Bréfritari: Þórarinn Stefánsson
Dagsetning: A-1929-11-13
Skrifað á: Vesturheimi

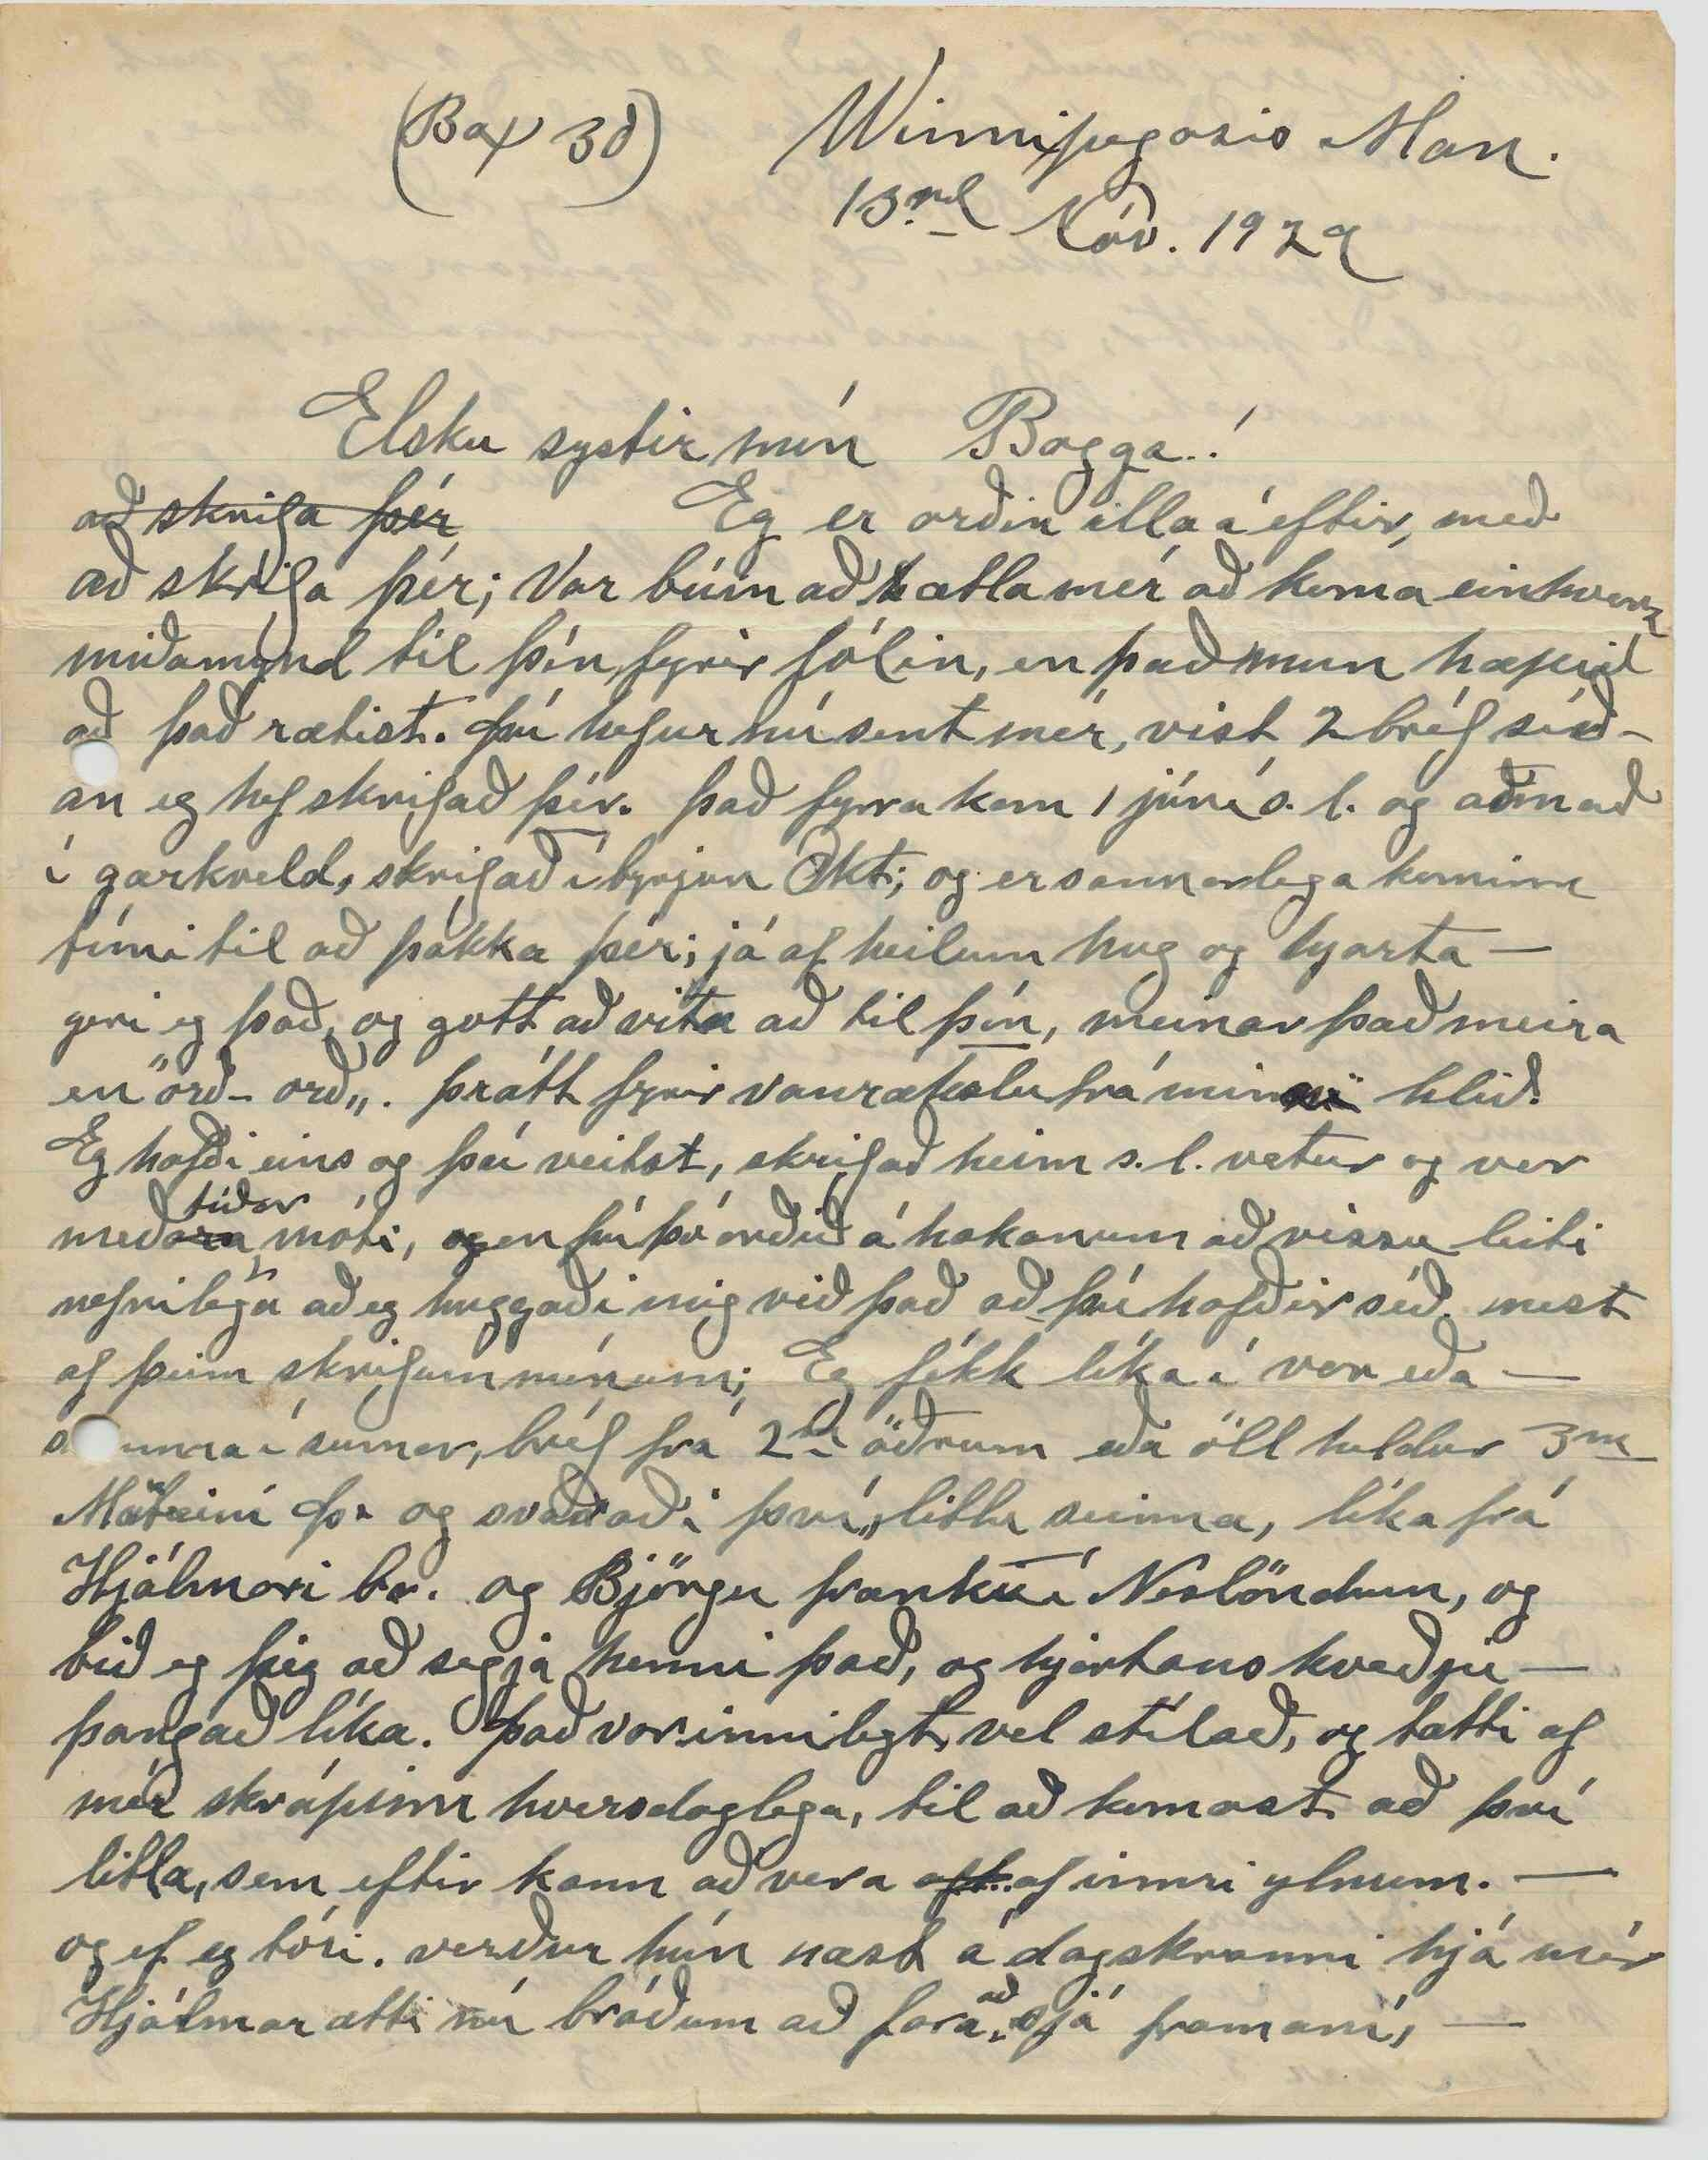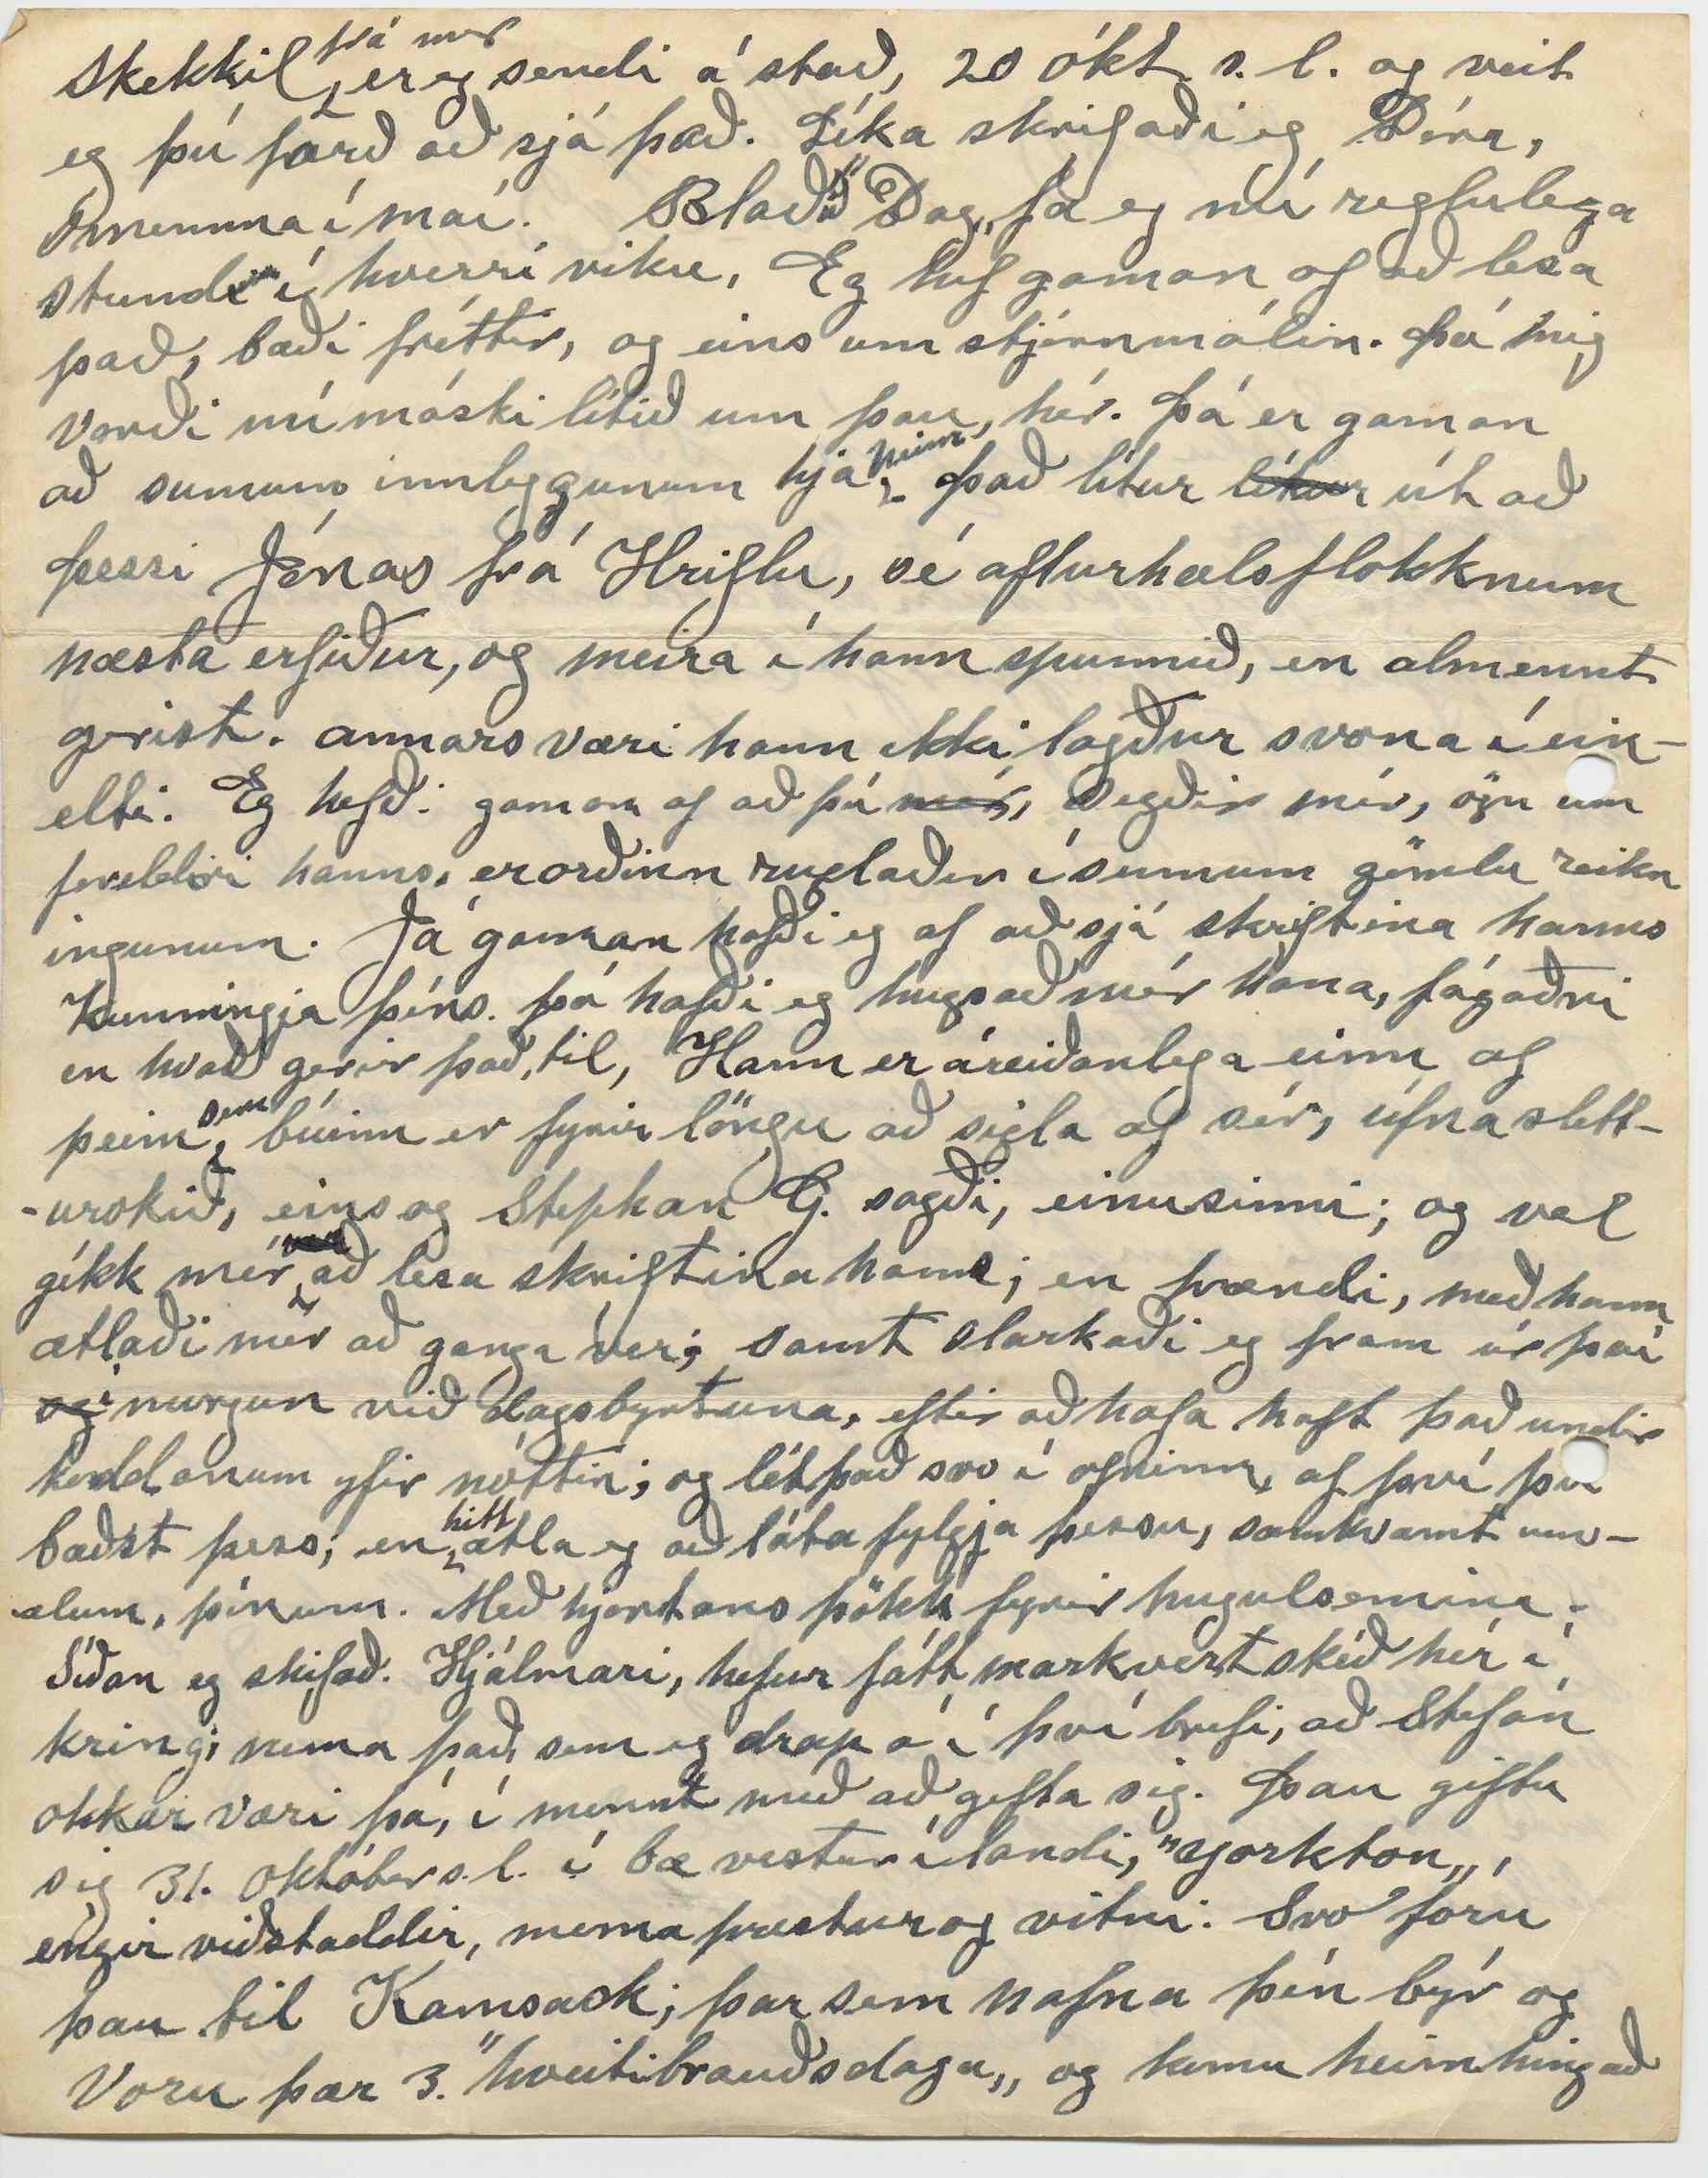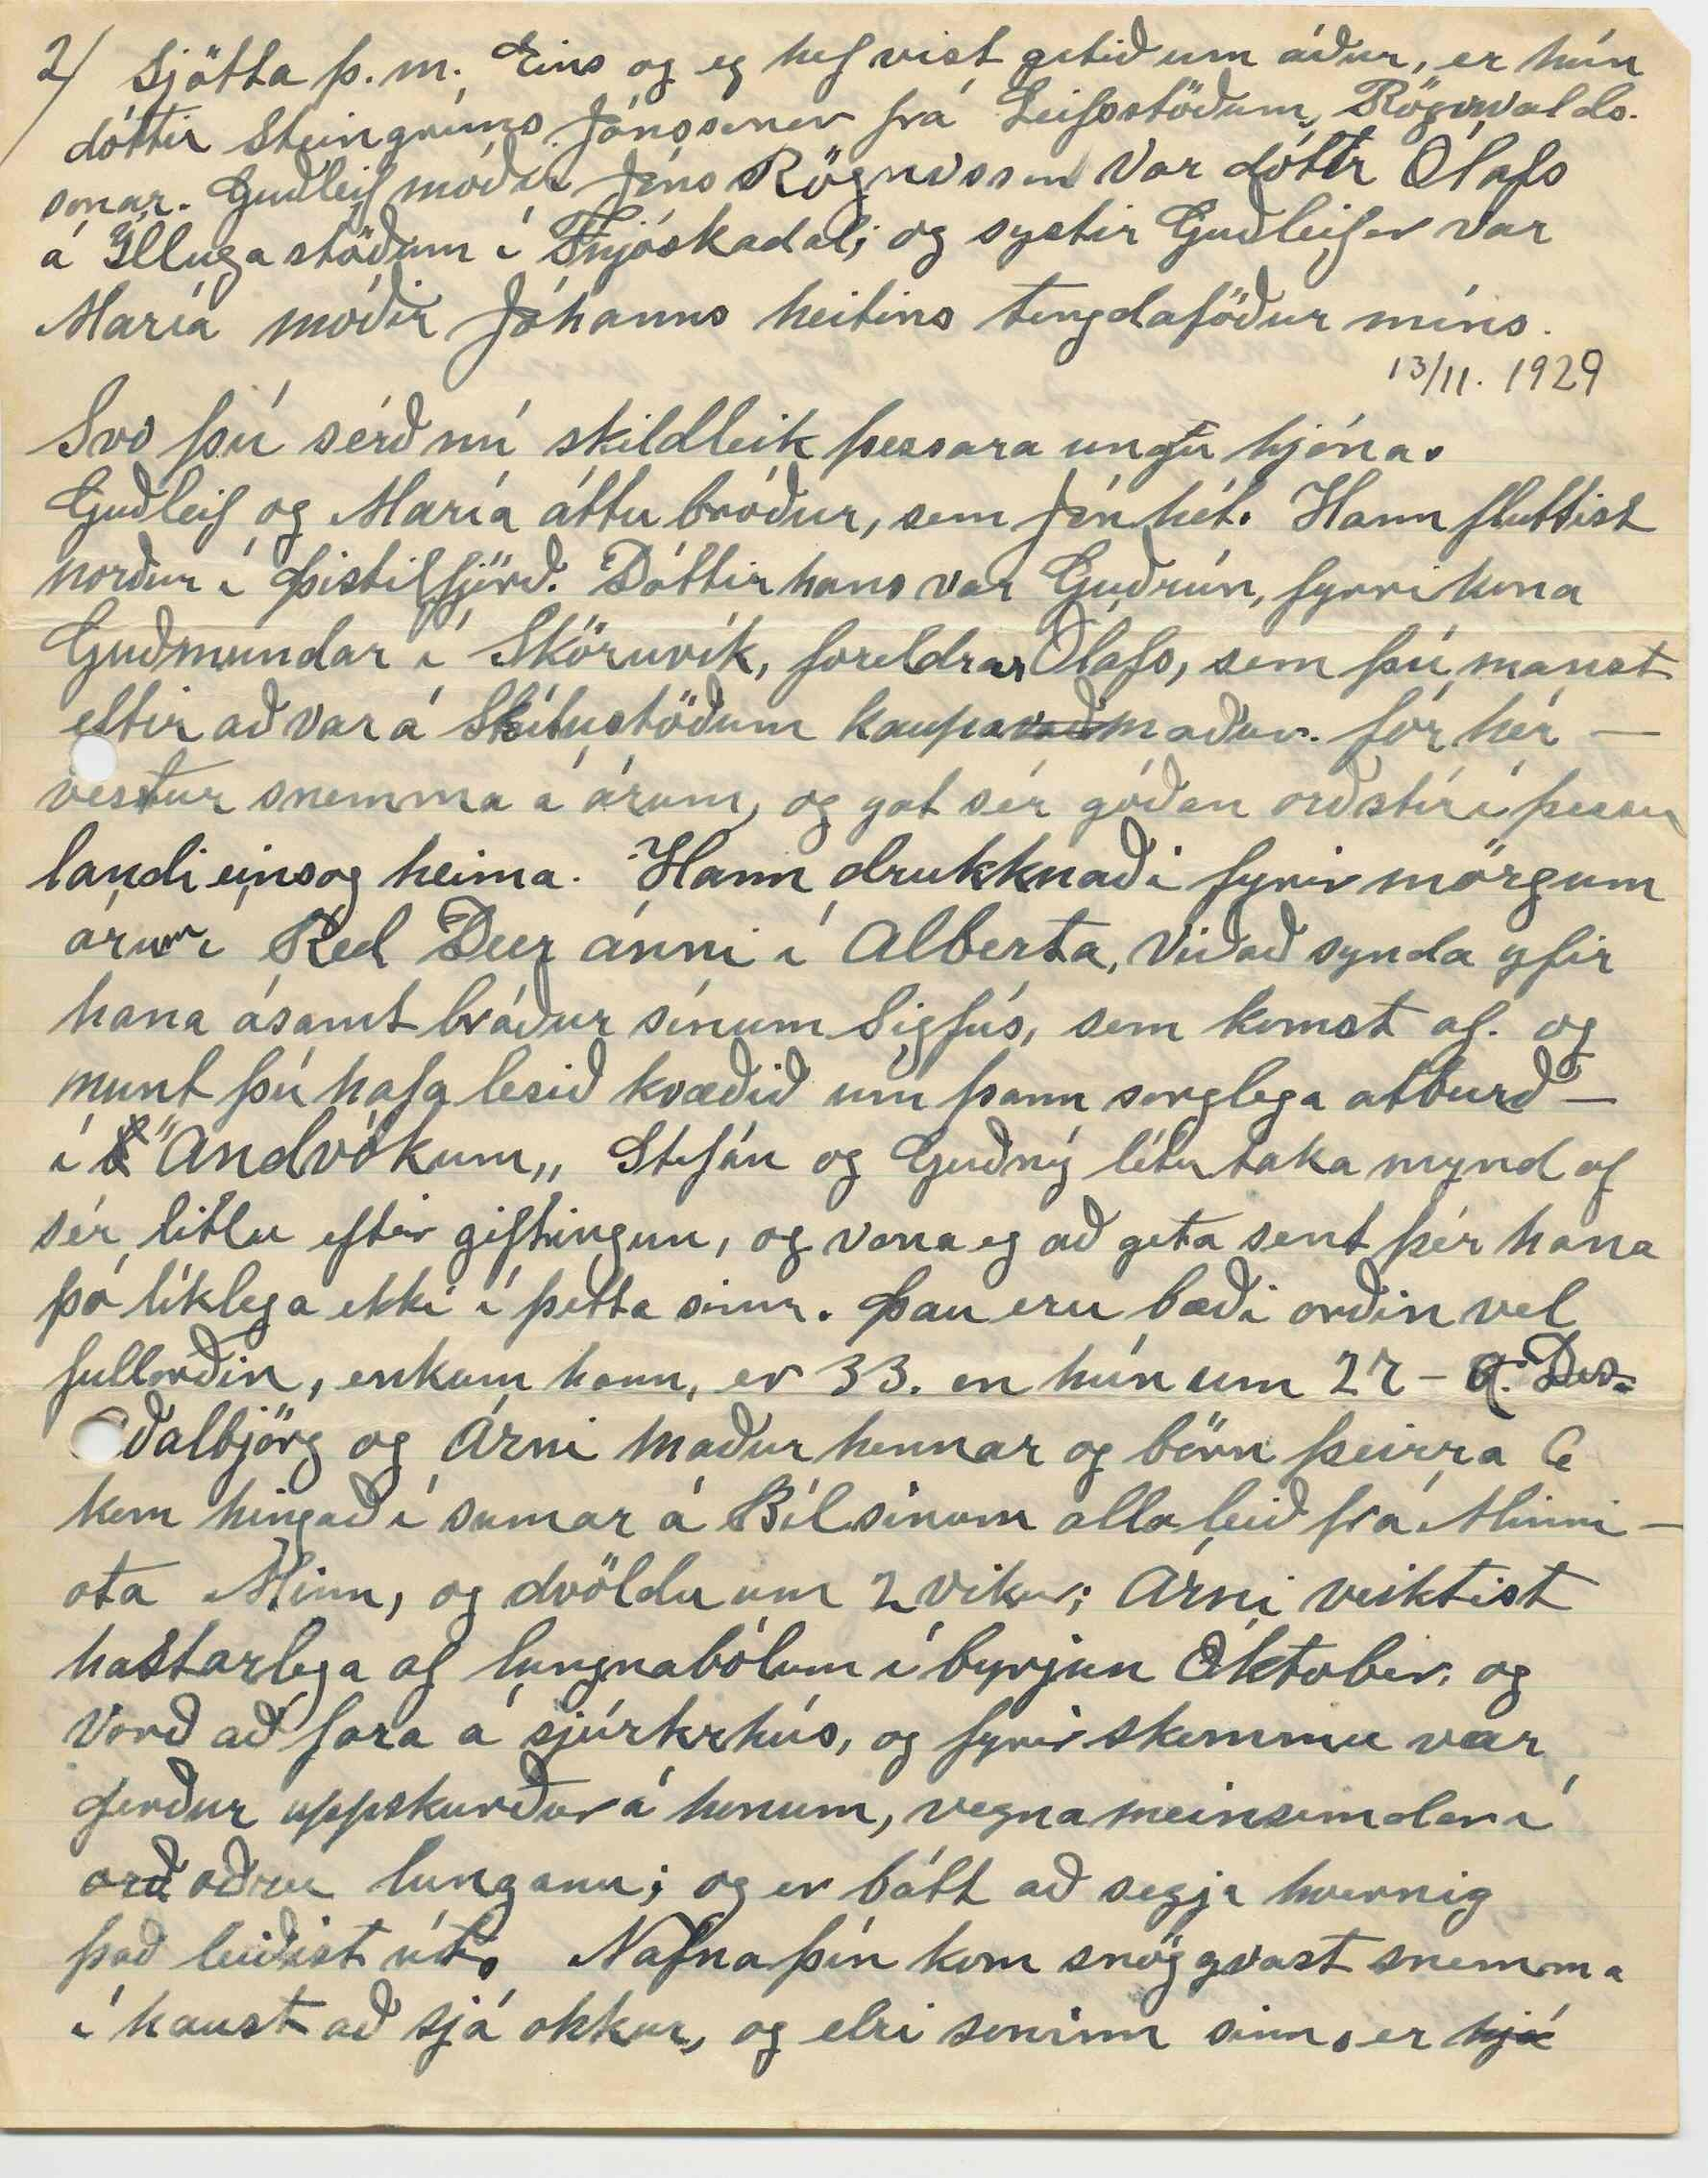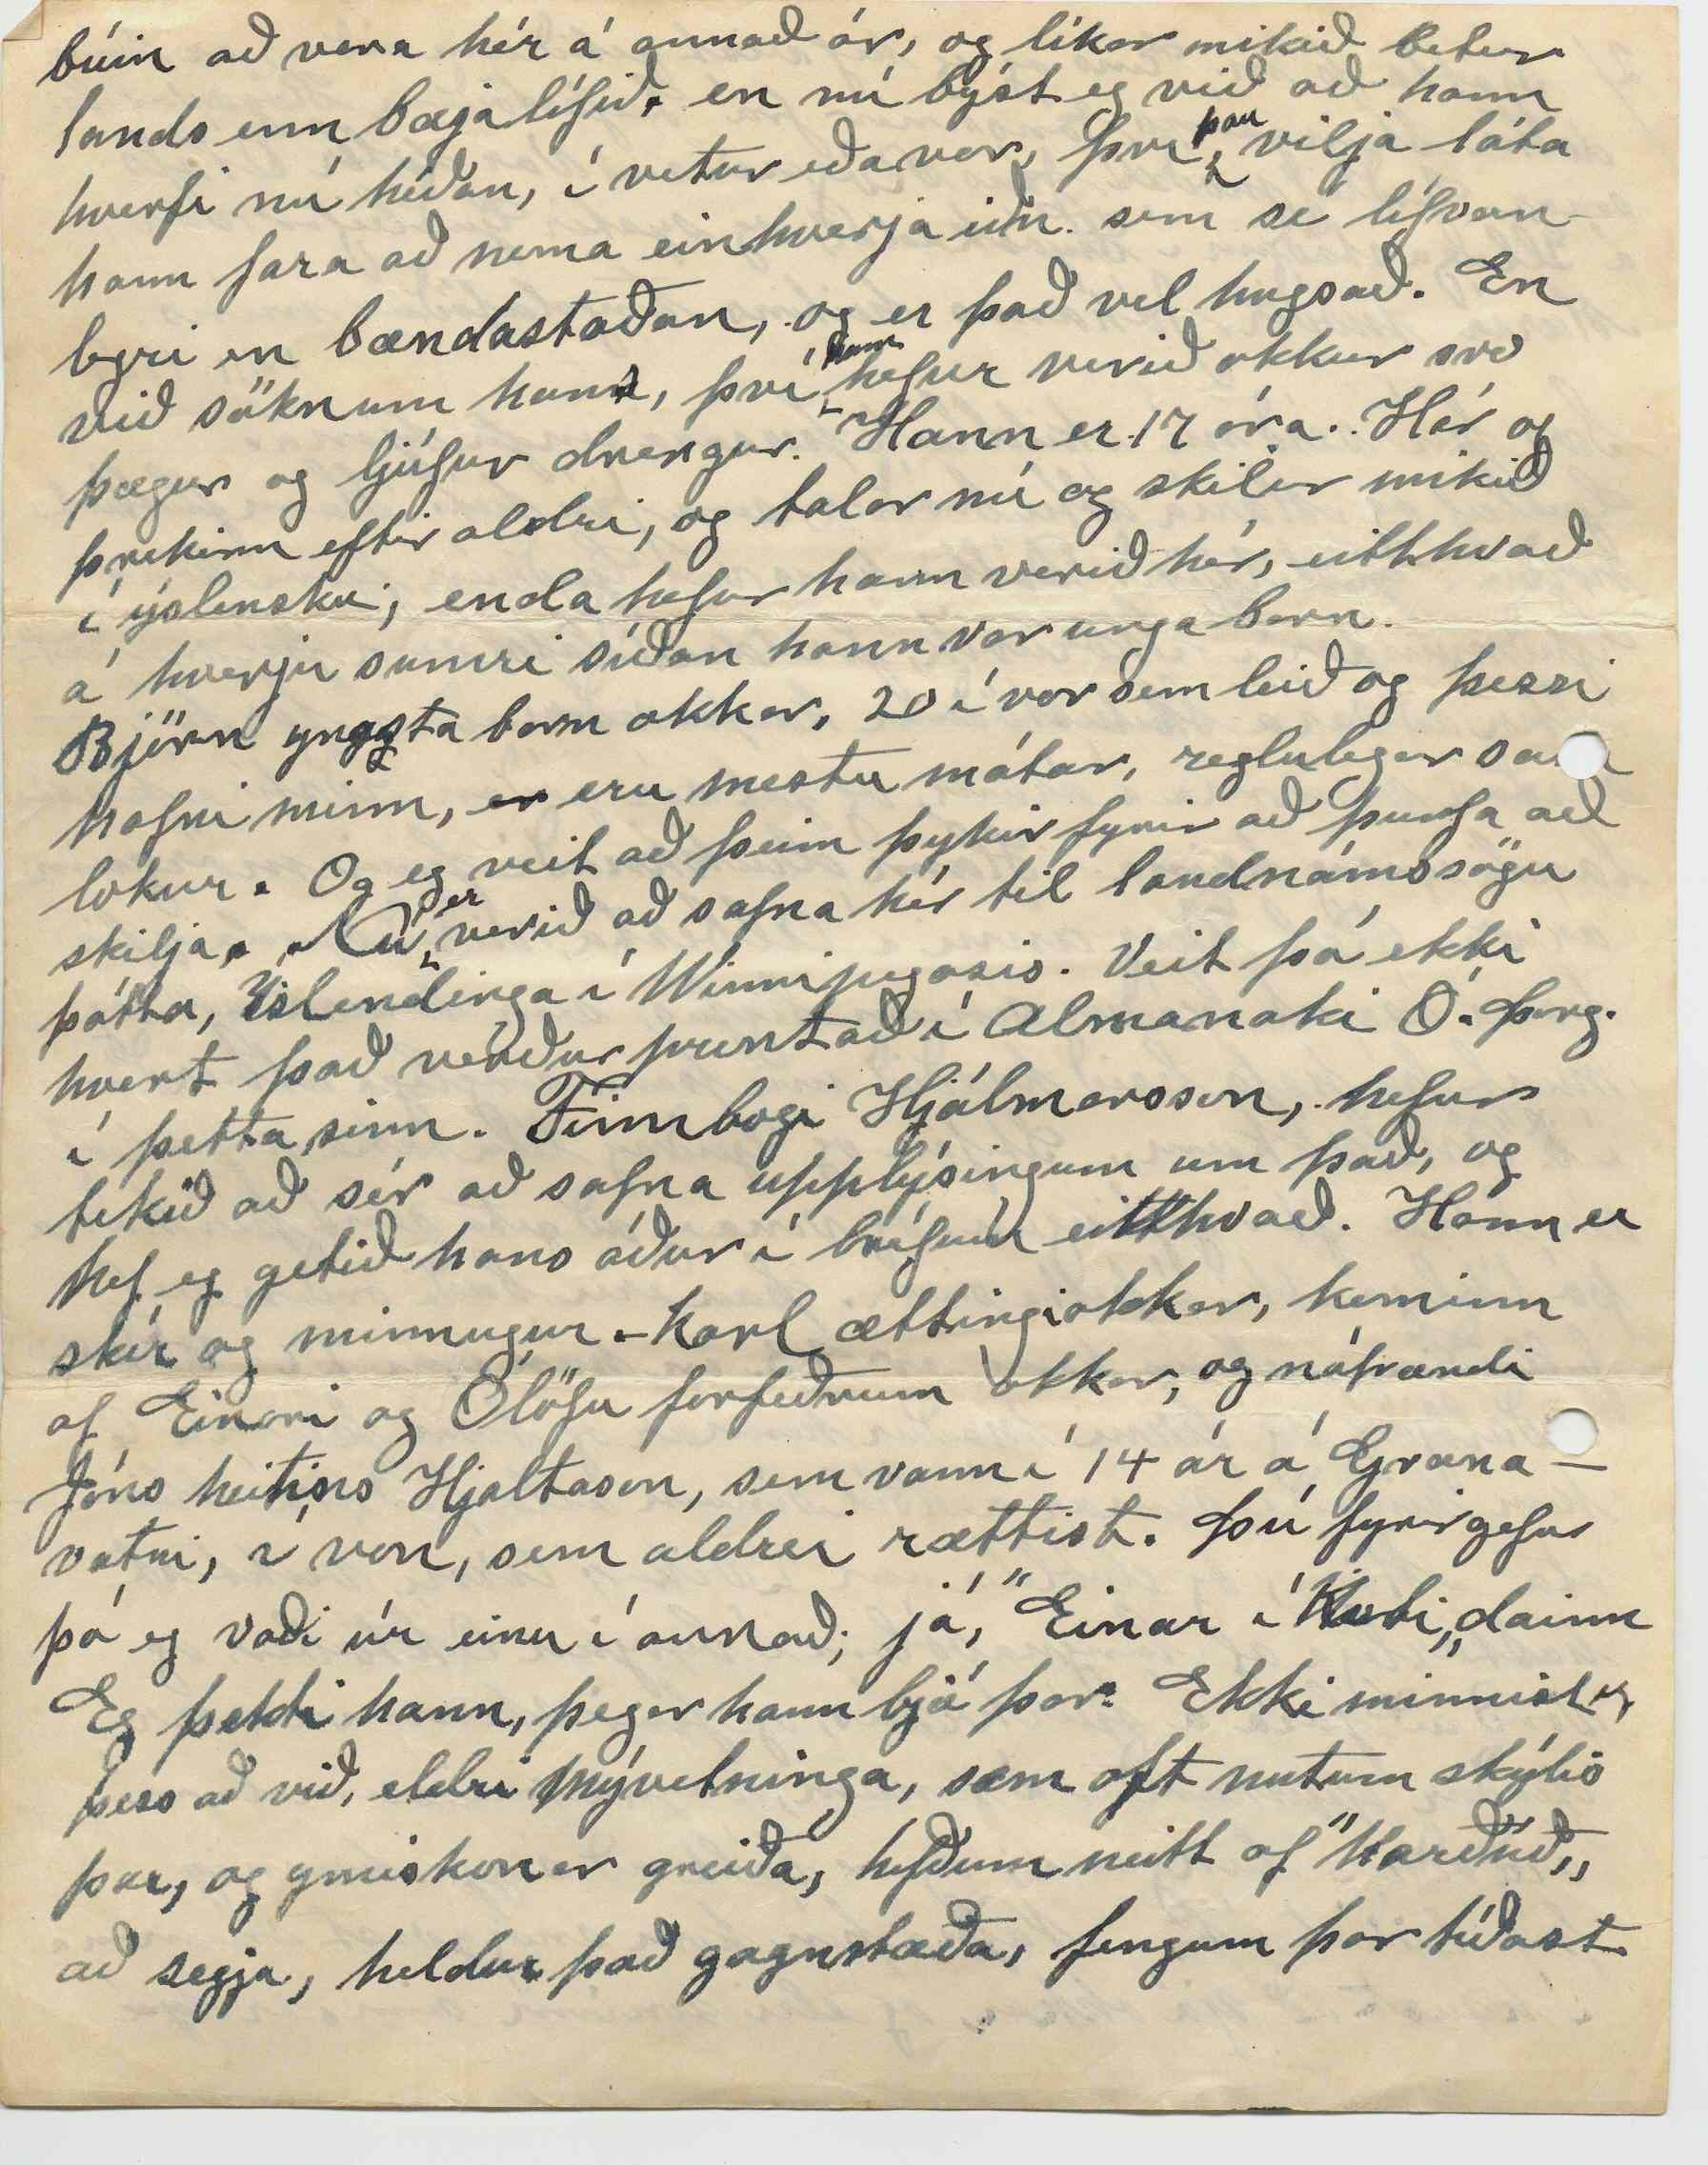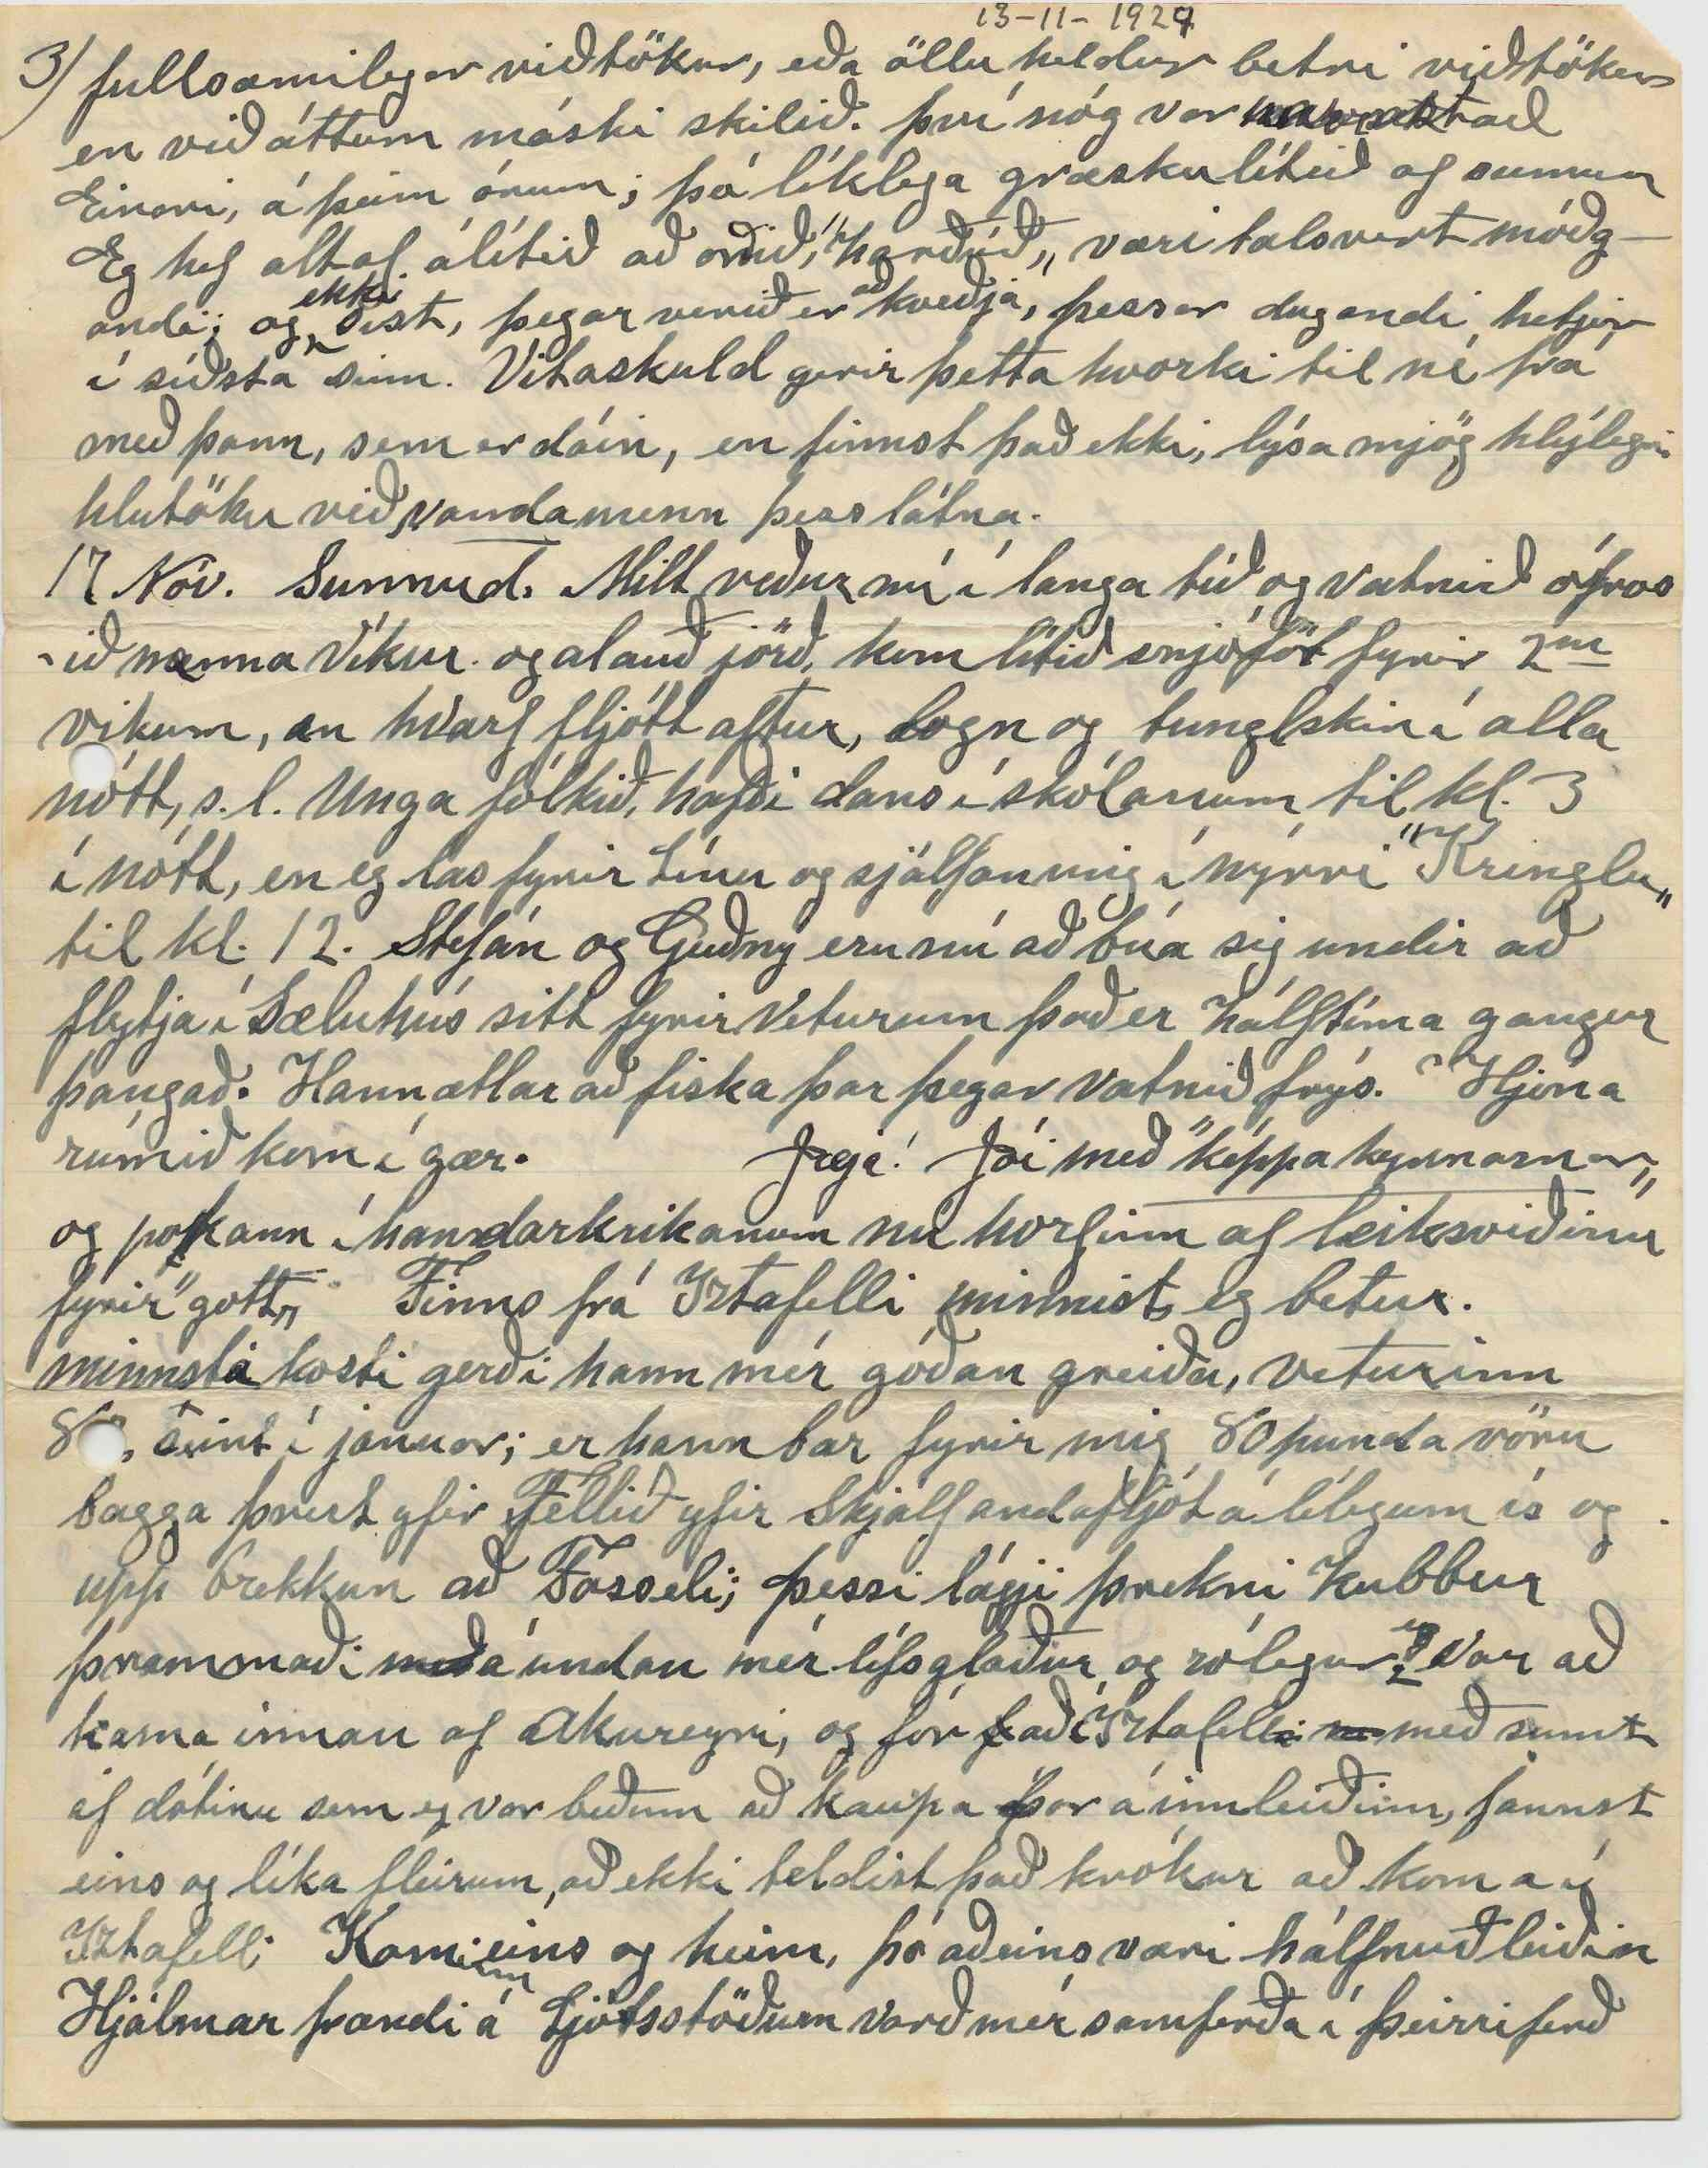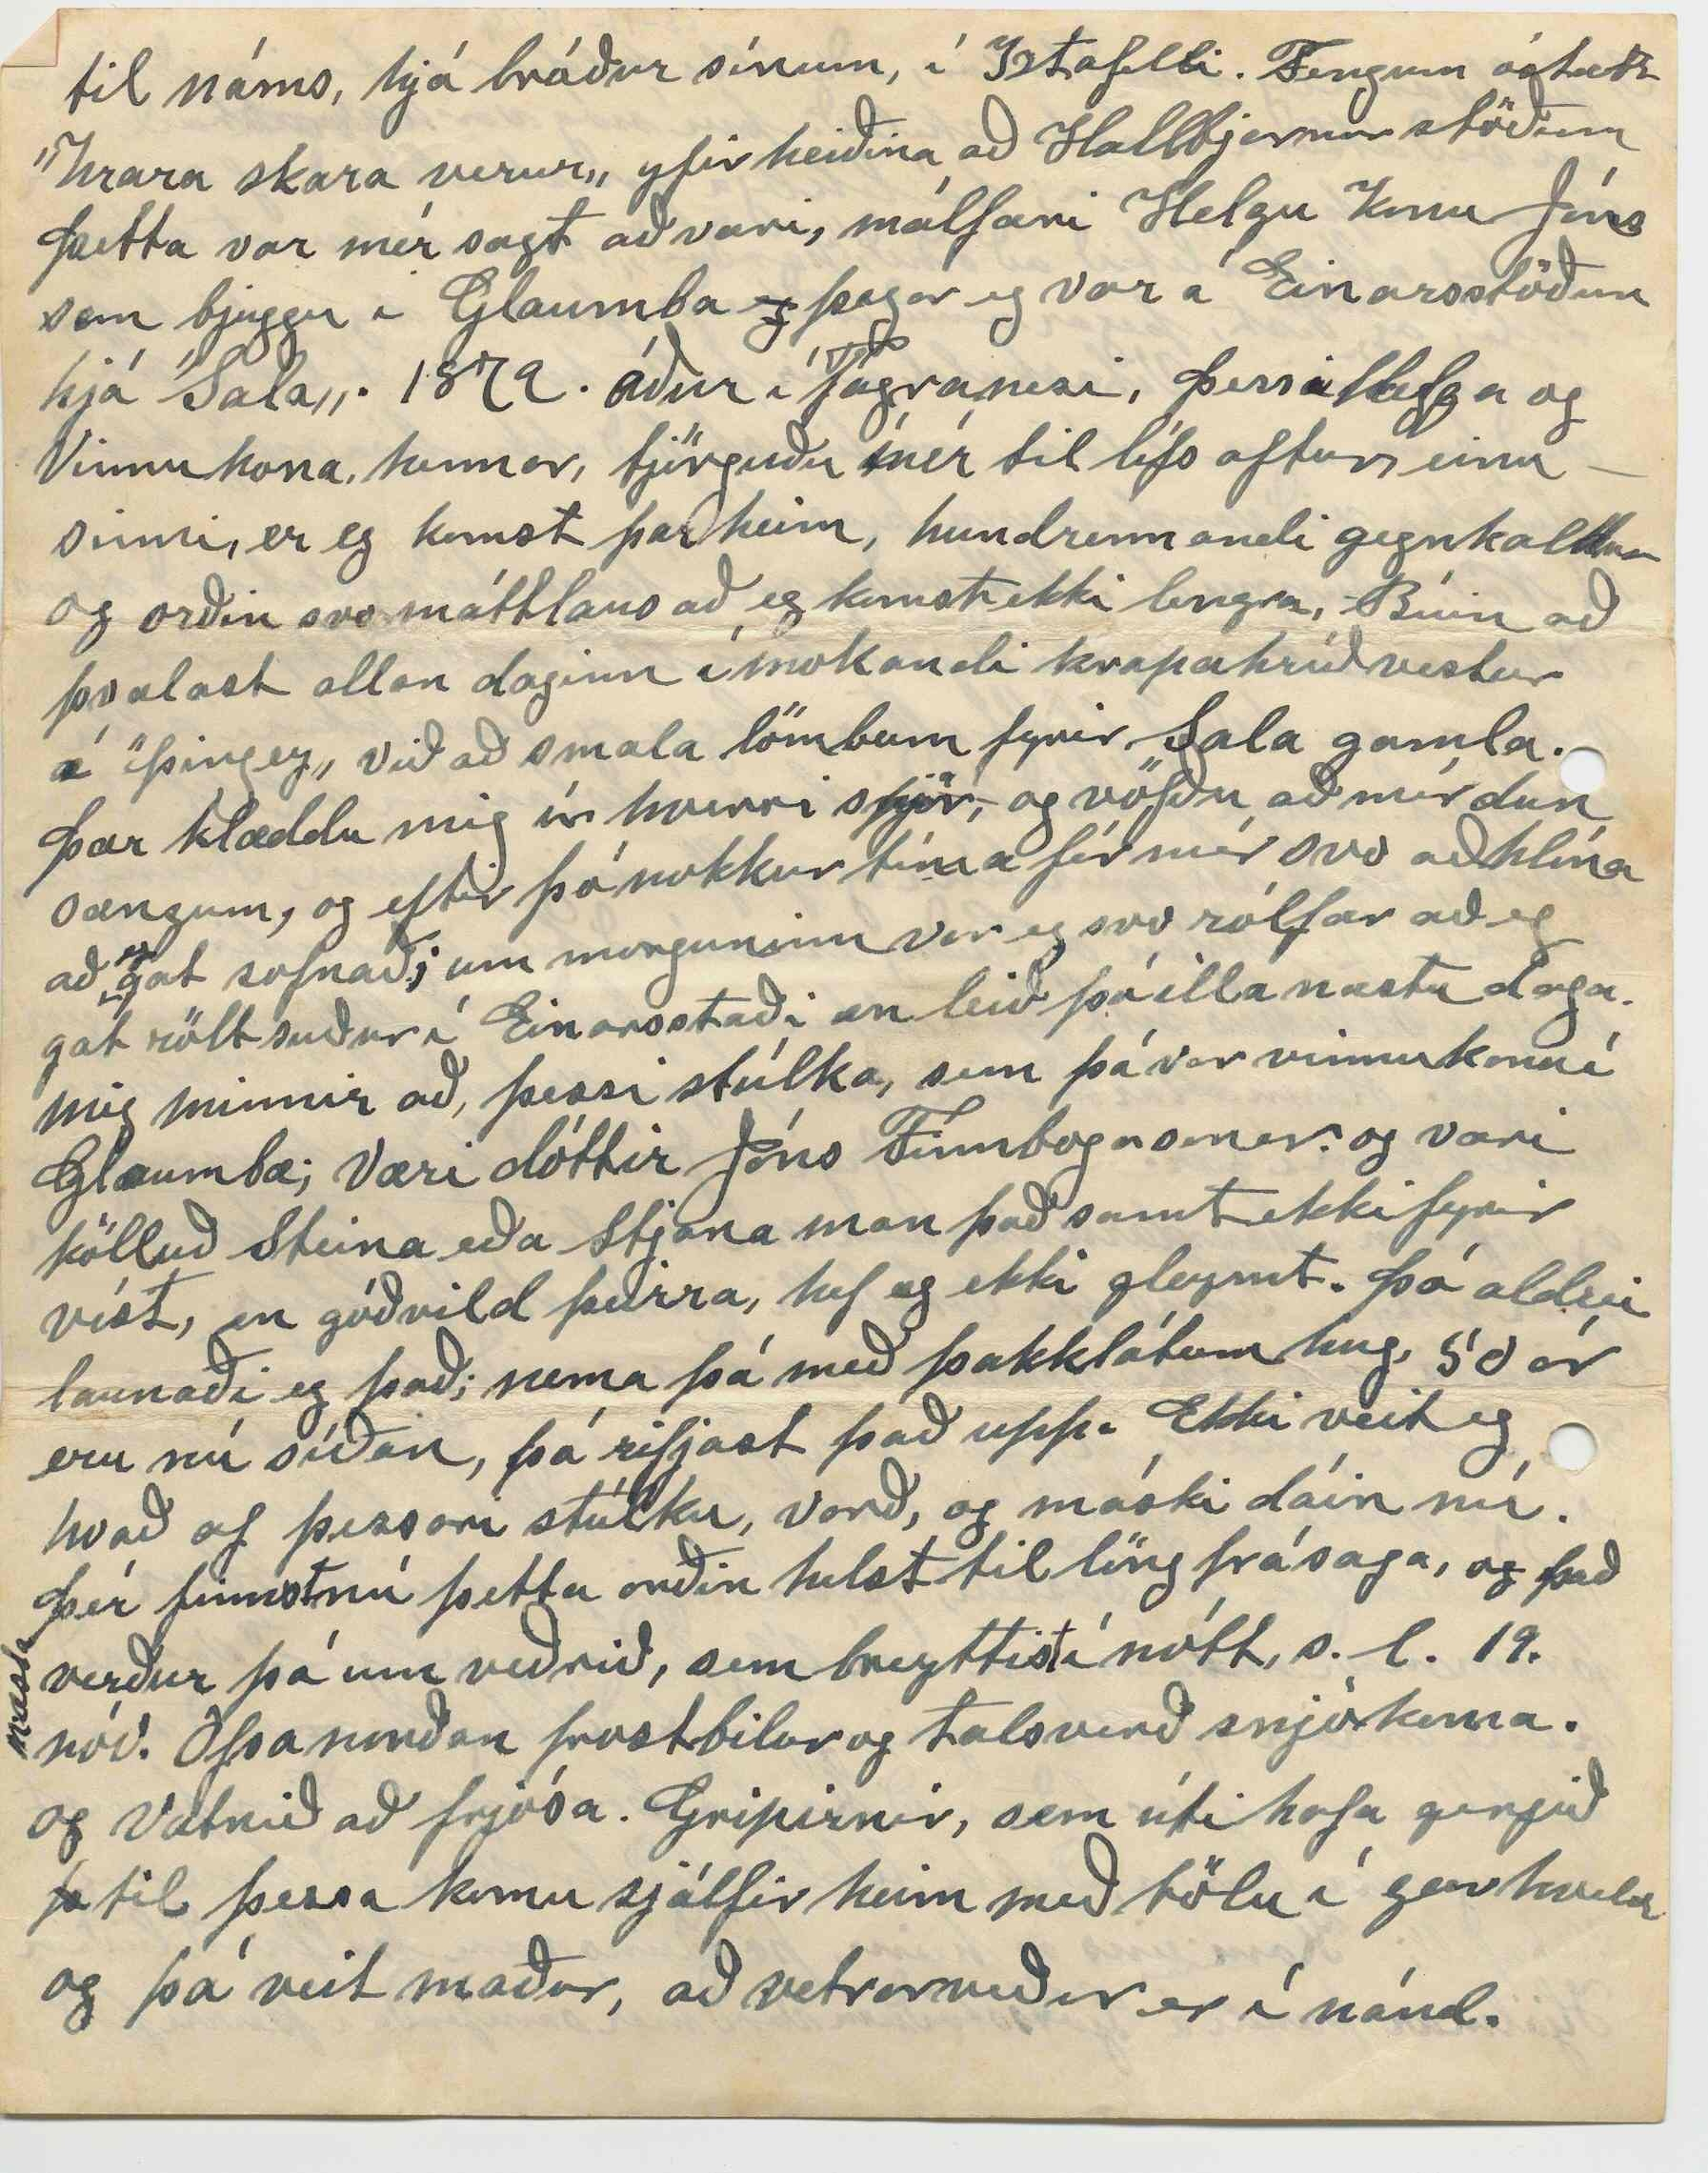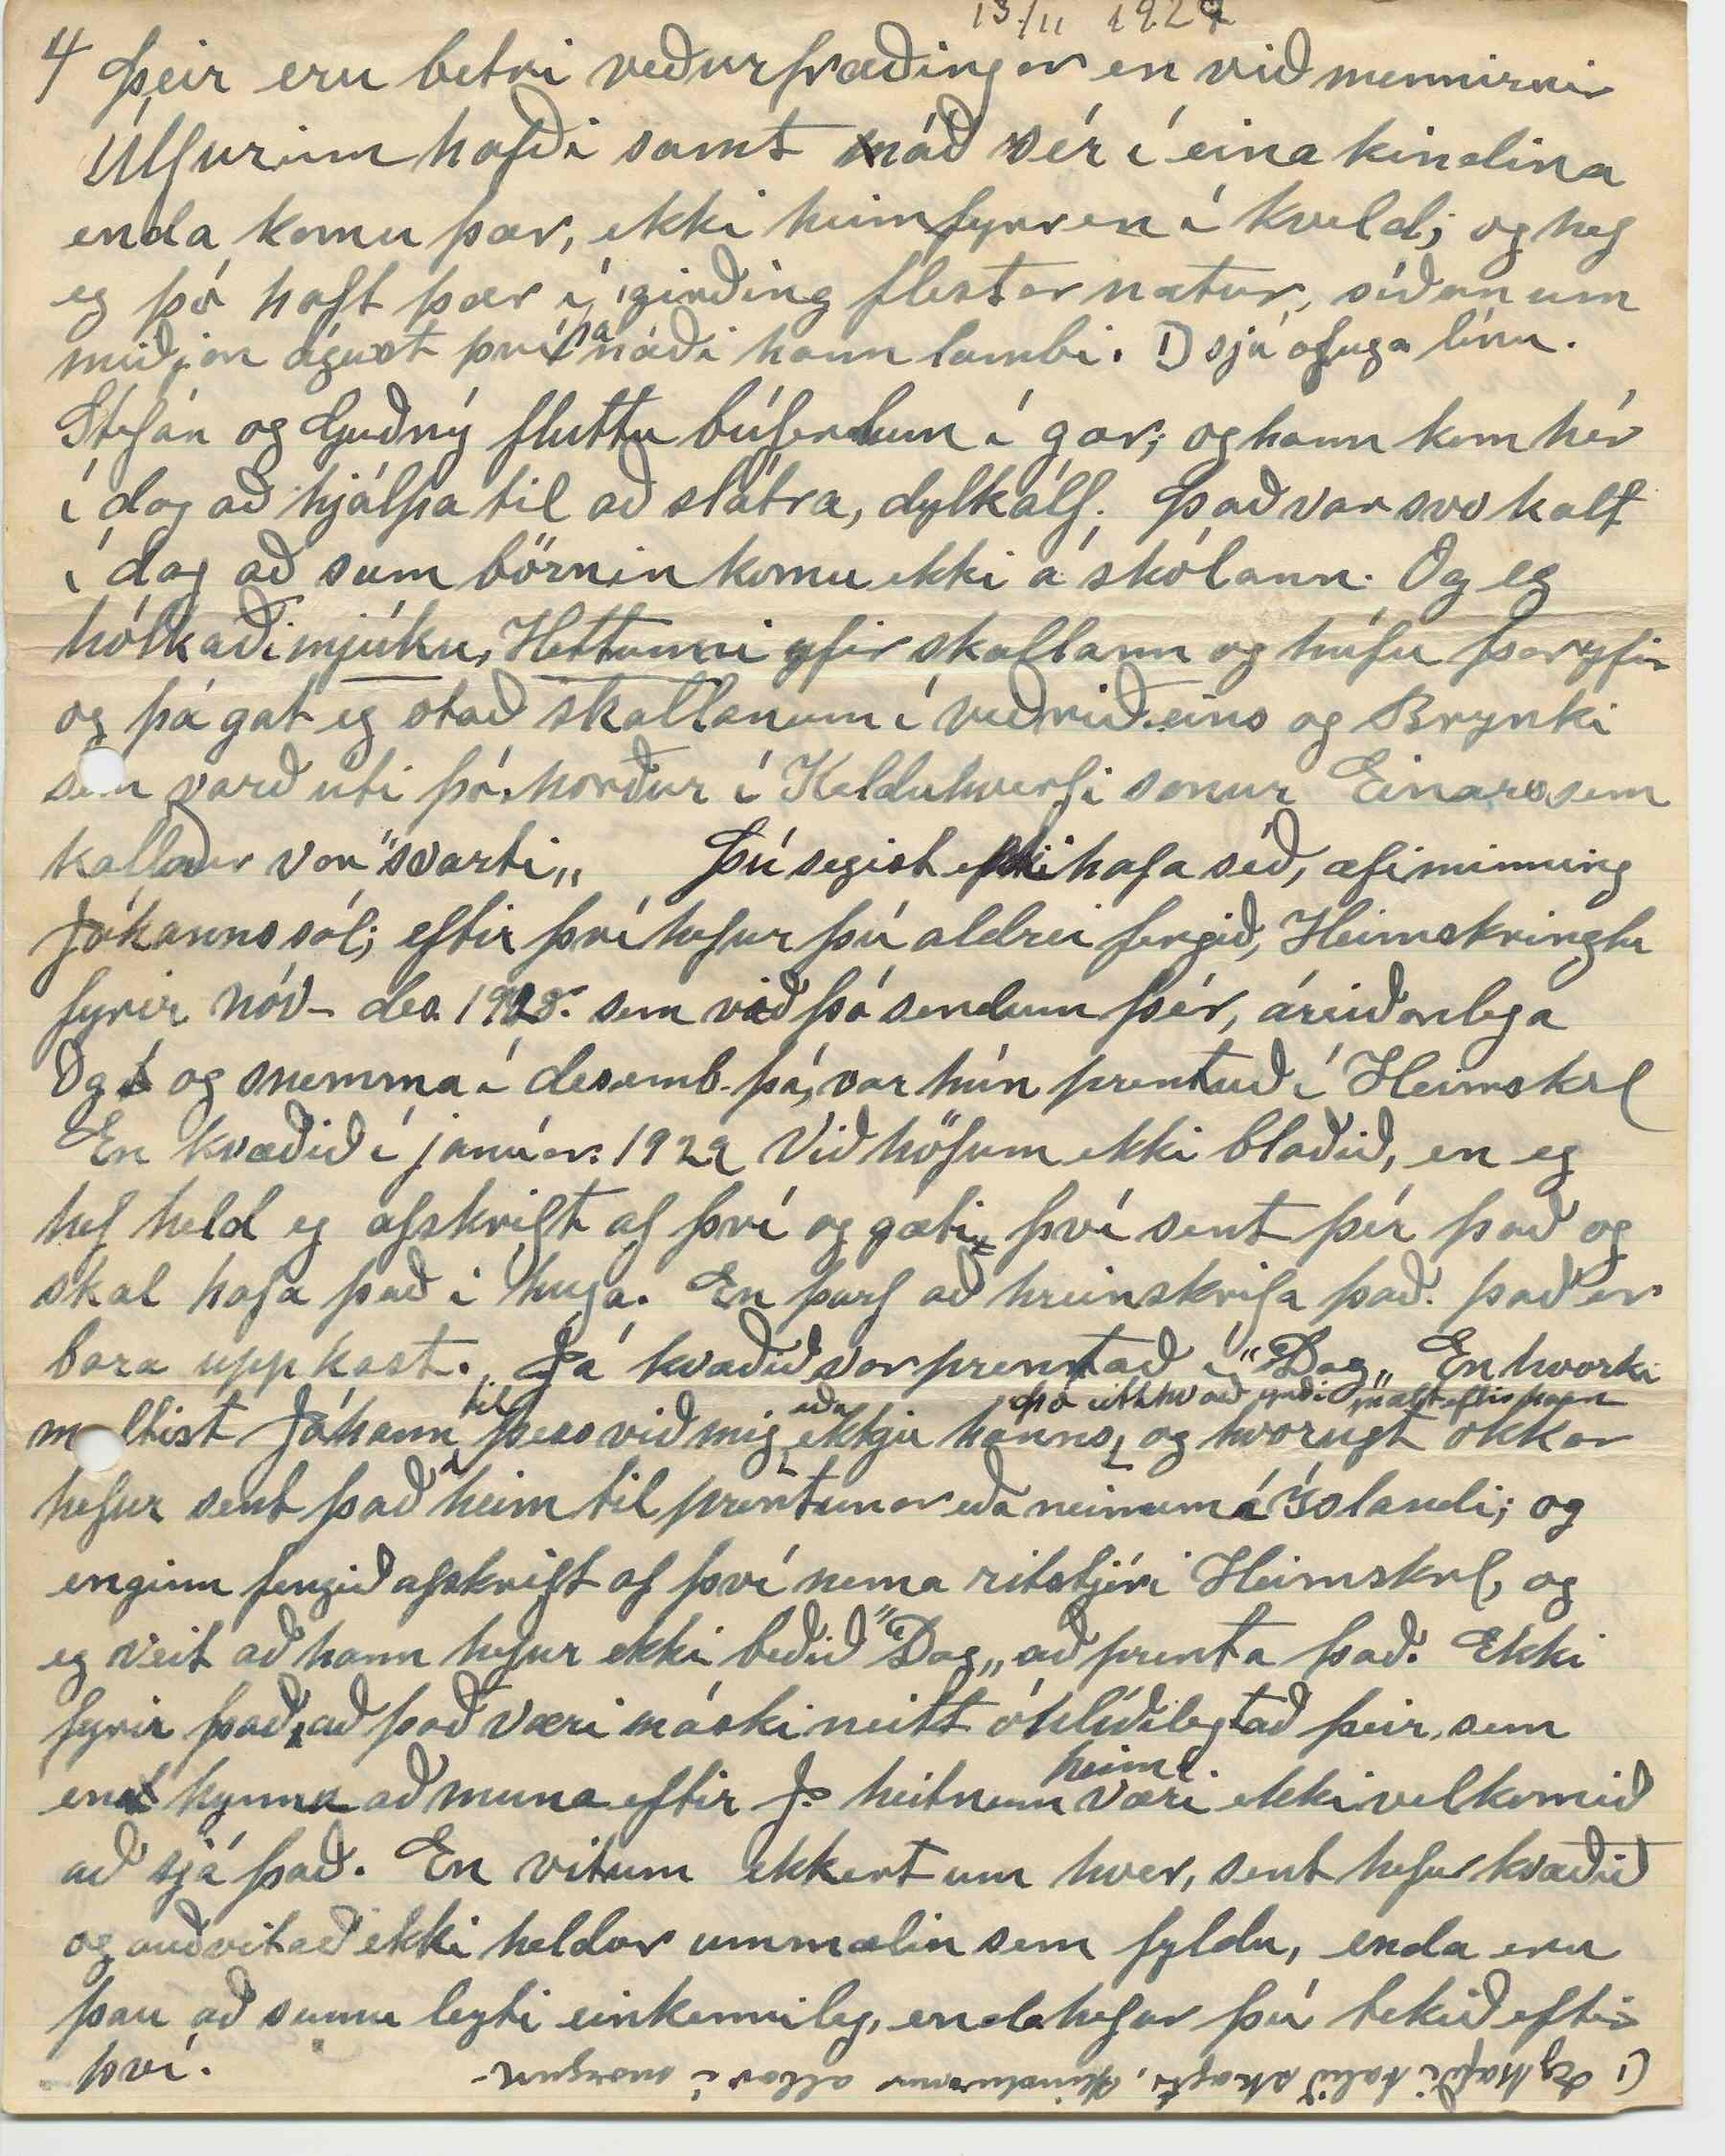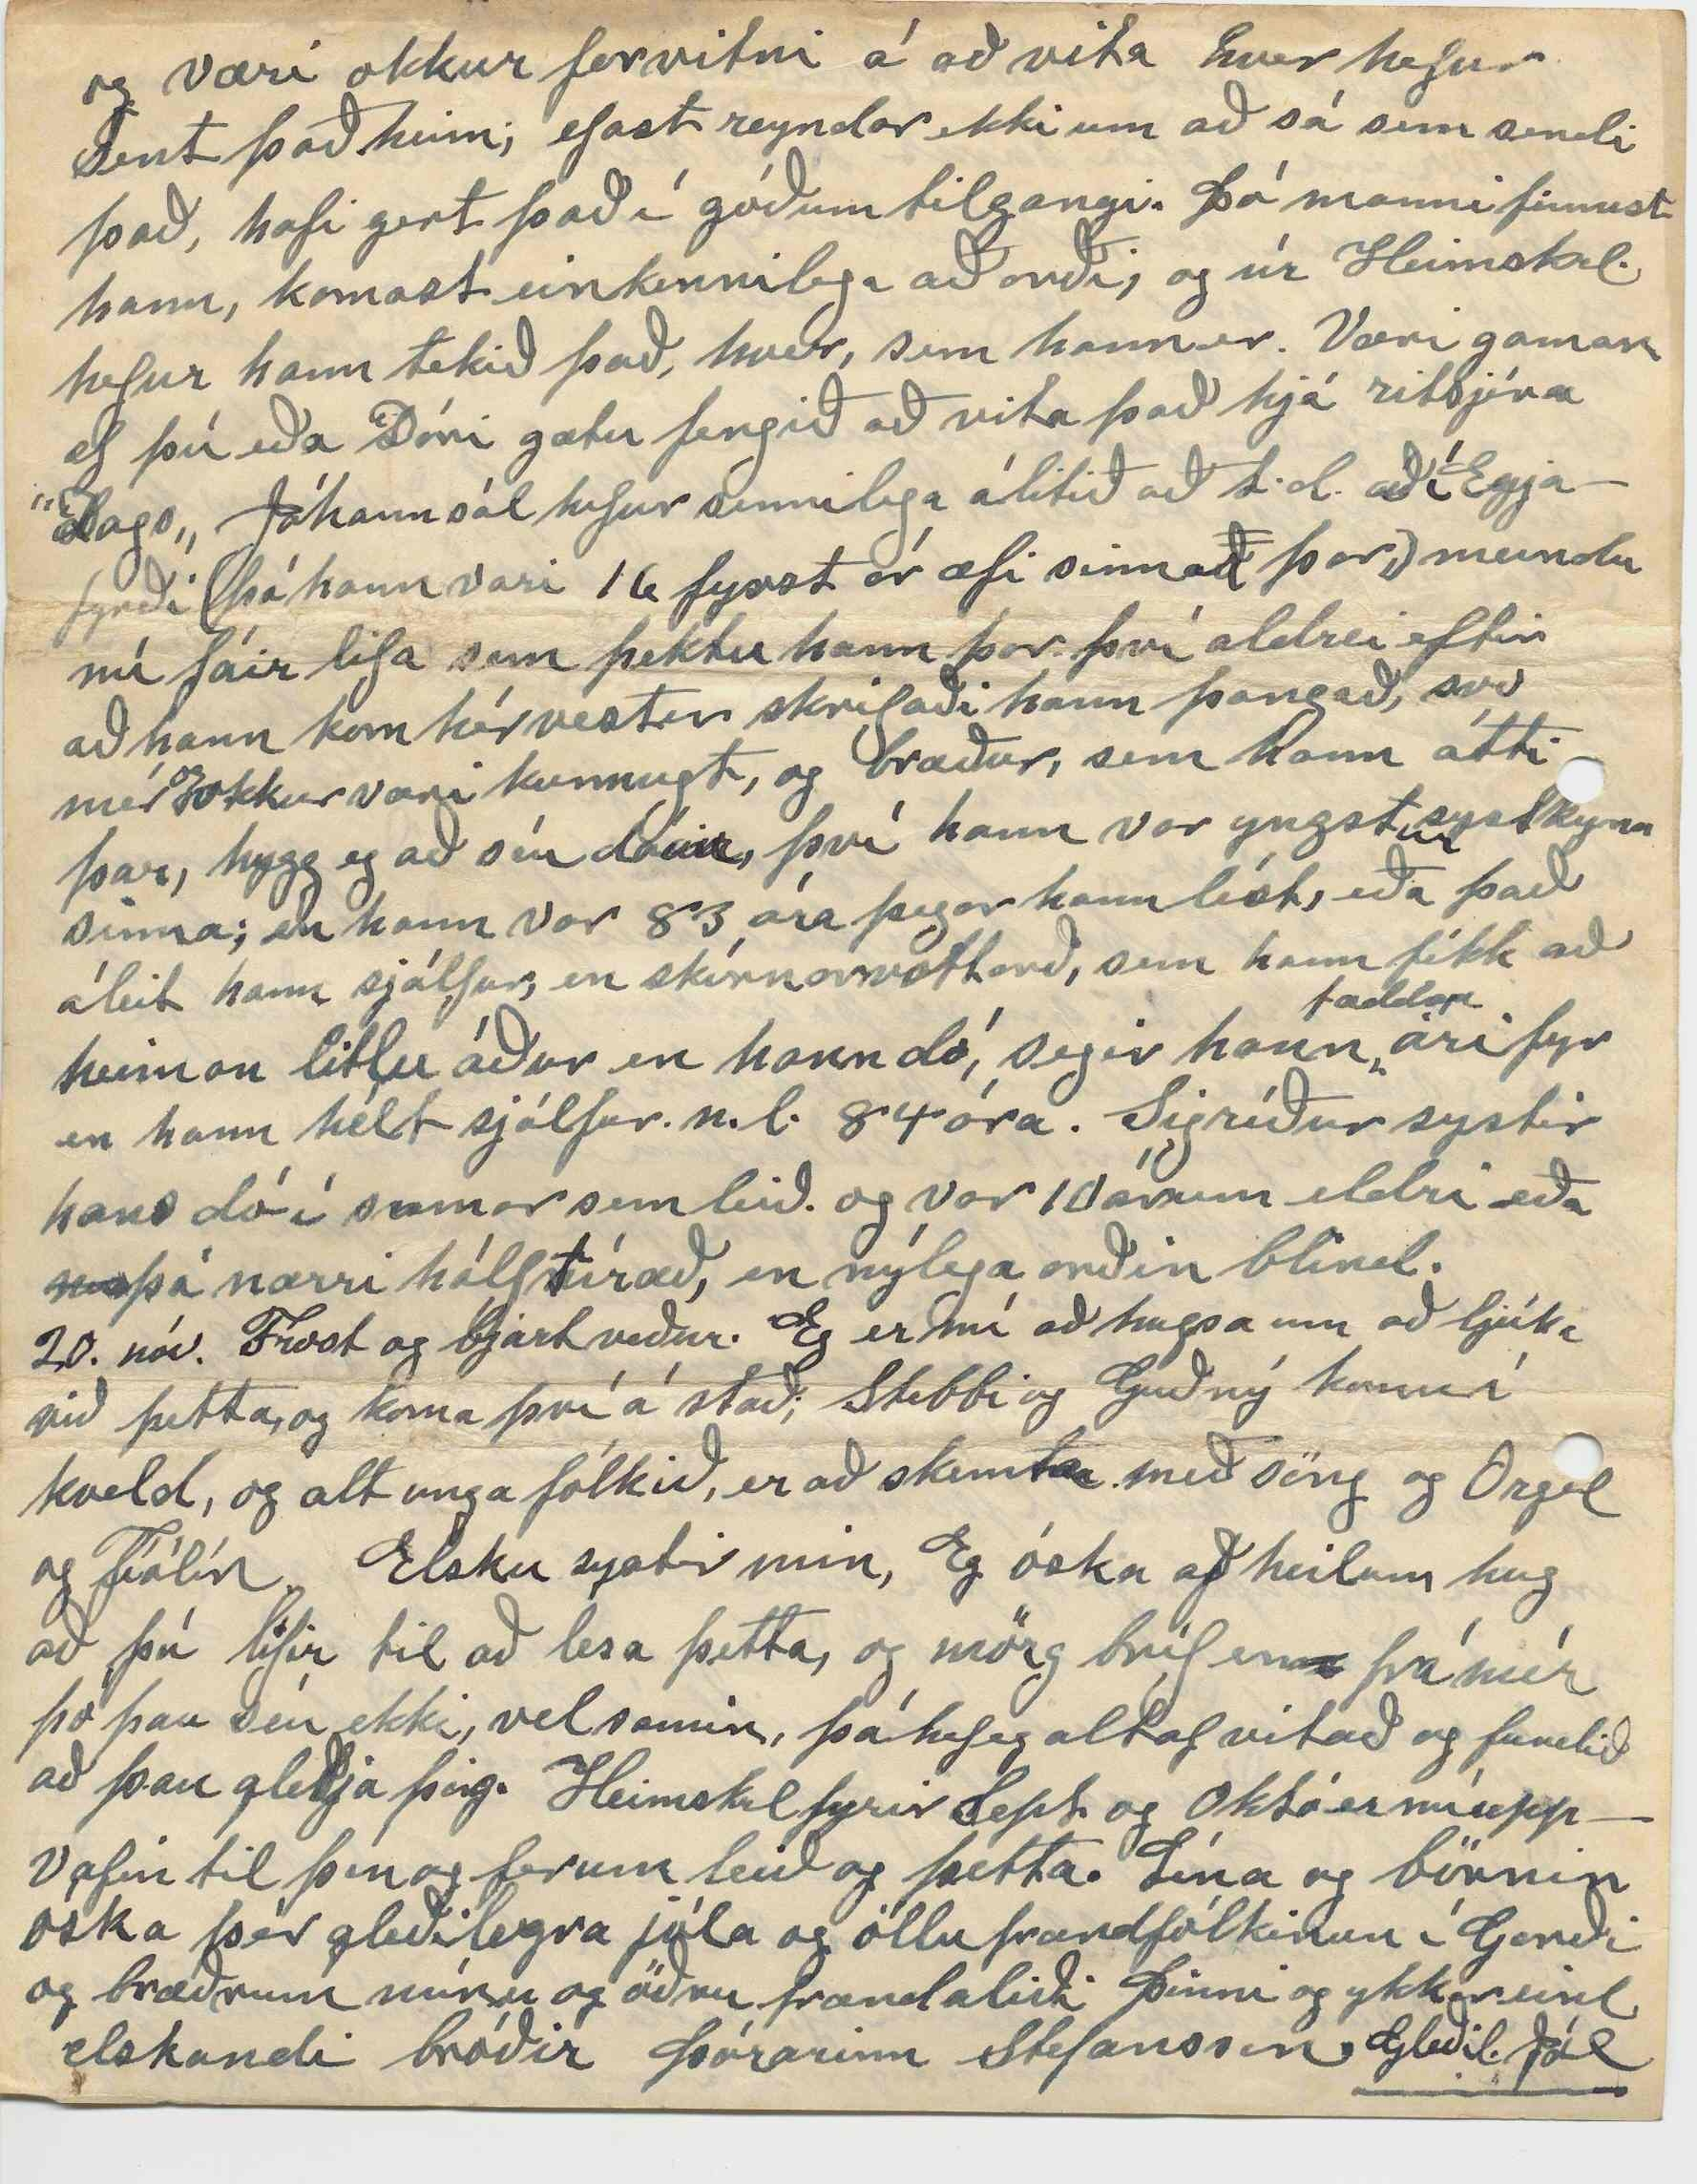

(Box 30)
Winnipegosis Man.
13.
nd
Nóv. 1929
Elsku systir mín Bogga.!
að skrifa þér
Eg er orðin illa á eftir, með að skrifa þér; Var búin að
h
ætla mér að koma einhverri miðamynd til þín fyrir Jólin, en það mun hæpið að það rætist. Þú hefur nú sent mér, vist 2 bréf síðan eg hef skrifað
þér
. það fyrra kom 1 júní s.l. og a
ð
nnað í gærkveld, skrifað í byrjun Okt; og er sannarlega kominn tími til að þakka þér; já af heilum hug og hjarta geri eg það, og gott að vita að til
þín
, meinar það meira en ”orð - orð„. þrátt fyrir vanrækslu frá minni hlið. Eg hafði eins og þú veitst, skrifað heim s.l. vetur og vor með
ara
tíðar móti,
og
en þú þó orðið á hakanum að vissu leiti nefnilega að eg huggaði mig við það að þú hafðir séð mest af þeim skrifum mínum; Eg fékk líka í vor eða
snemma
í sumar, bréf frá 2
m
öðrum eða öll heldur 3
m
Ma
r
teini Þ. og svaraði því, litlu seinna, líka frá Hjálmari br. og Björgu frænku í Neslöndum, og bið eg þig að segja henni það, og hjartans kveðju þangað líka. Það var innilegt, vel stílað, og tætti af mér skrápinn hversdaglega, til að komast að því litla, sem eftir kann að vera
aft
af innri ylnum. og ef eg tóri. verður hún næst á dagskranni hjá mér Hjálmar ætti nú bráðum að fara
að
sjá framaní,
skekkil
frá mer
er eg sendi á stað, 20 ókt s.l. og veit eg þú færð að sjá það. Líka skrifaði eg Dóra, snemma í maí.
Blaðið ”Dag„ fæ eg nú reglulega stund
um
í hverri viku, Eg hef gaman af að lesa það, bæði fréttir, og eins um stjórnmálin. Þó mig varði nú máski lítið um þau, hér. Þá er gaman að sumum innleggunum hjá
þeim
Það lítur
lítur
út að Þessi Jónas frá Hriflu, sé afturhalsflokknum næsta erfiður, og meira í hann spunnið, en almennt gerist. annars væri hann ekki lagður svona í einelti. Eg hefði gaman af að þú
mér,
segðir mér, ögn um foreld
i
ri hanns, er orðinn ruglaður í sumum gömlu reikningunum. Já gaman hafði eg af að sjá skriftina hanns kunningja þíns. þó hafði eg hugsað mér hana, fágaðri en hvað gerir það, til, Hann er áreiðanlega einn af þeim
sem
búinn er fyrir löngu að sigla af sér, úfna sletturokið, eins og Stephan G. sagði, einusinni; og vel gékk mér að lesa skriftina hans; en frændi, með hann ætlaði mér að ganga ver; samt slarkaði eg fram úr því
og
í morgun við dagsbyrtuna, eftir að hafa haft það undir koddanum yfir nóttin; og lét það svo í ofninn, af því
þú
baðst þess; en
hitt
ætla eg að láta fylgja þessu, samkvæmt umælum, þínum. Með hjartans þökk fyrir hugulsemina. Síðan eg skifað. Hjálmari, hefur fátt markvert skéð hér í kring; nema það, sem eg drap á í því brefi, að Stefán okkar væri þá, í mennt með að gifta sig. Þau giftu sig 31. október s.l. í bæ vestur í landi, ”Yorkton„, engir viðstaddir, nema prestur og vitni. Svo fóru þau til Kamsack; þar sem nafna þín býr og voru þar 3. ”hveitibrauðsdaga„ og komu heim hingað
Sjötta þ.m. Eins og eg hef vist getið um áður, er hún dóttir Steingríms Jónssonar frá Leifsstöðum, Rögnvaldssonar. Guðleif móðir Jóns Rögnvsson Var dóttir Ólafs á Íllugastöðum í Fnjóskadal; og systir Guðleifar var María móðir Jóhanns heitins tengdaföður míns. Svo þú sérð nú skildleik þessara ungu hjóna. Guðleif og María áttu bróður, sem Jón hét. Hann fluttist norður í Þistilfjörð. Dóttir hans var Guðrún, fyrri kona Guðmundar í Sköruvík, foreldrar Ólafs, sem þú manst eftir að var á Skútustöðum kaupa
vað
maður. fór hér vestur snemma á árum, og gat sér góðan orðstír í þessu landi einsog heima. Hann drukknaði fyrir mörgum árum í Red Deer ánni í Alberta, við að synda yfir hana ásamt bróður sínum Sigfús, sem komst af. og munt þú hafa lesið kvæðið um þann sorglega atburð í
b
”Andvökum„ Stefán og Guðný létu taka mynd af sér litlu eftir giftingun, og vona eg að geta sent þér hana þó líklega ekki í þetta sinn. Þau eru bæði orðin vel fullorðin, enkum hann, er 33. en hún um 27 - 9. Des. Aðalbjörg og Árni maður hennar og börn þeirra 6 kom hingað í sumar á Bíl sínum alla leið frá Minniota Minn, og dvöldu um 2 vikur; Árni veiktist hastarlega af lungnabólum í byrjun Óktober, og varð að fara á sjúrkrhús, og fyrir skemmu var gerður uppskurður á honum, vegna meinsemdar í
orð
oðru lunganu; og er bátt að segja hvernig það leiðist út. Nafna þín kom snöggvast snemma í haust að sjá okkur, og elri soninn sinn, er
hjá
búin að vera hér á annað ár, og líkar mikið betur lands enn bæjalífið, en nú býst eg við að hann hverfi nú héðan, í vetur eða vor, því
þau
vilja láta hann fara að nema einhverja iðn sem sé lífvænlegri en bændastaðan, og er það vel hugsað. En við söknum hans, því
hann
hefur verið okkur svo þægur og ljúfur drengur. Hann er 17 ára. Hár og þrekinn eftir aldri, og talar nú og skilur mikið í ýslensku; enda hefur hann verið hér, eitthvað á hverju sumri síðan hann var unga barn.
Björn yngsta barn okkar, 20 í vor sem leið og þessi nafni minn,
er
eru mestu mátar, reglulegar samlokur. Og eg veit að þeim þykir fyrir að þurfa að skilja. Nú
er
verið að safna hér til landnámssöguþátta, Íslendinga í Winnipegosis. Veit þó ekki hvort það verður prentað í Almanaki Ó. Þorg. í þetta sinn. Finnbogi Hjálmarsson, hefur tekið að sér að safna upplýsingum um það, og hef eg getið hans áður í bréfum eitthvað. Hann er skír og minnugur. karl ættingi okkar, kominn af Einari og Ólöfu forfeðrum okkar, og náfrændi Jóns heitins Hjaltason, sem vann í 14 ár á Grænavatni, í von, sem aldrei rættist. Þú fyrirgefur þó eg vaði úr einu í annað; já, ”Einar í Koti„ dainn Eg þekti hann, þegar hann bjó þar. Ekki minnist eg þess að við, eldri mývetninga, sem oft nutum skýlis þar, og ymiskonar greiða, hefðum neitt af ”harðúð„ að segja, heldur það gagnstæða, fengum þar tíðast
fullsæmilegar viðtökur, eða öllu heldur betri viðtökur en við áttum máski skilið. því nóg var
narrast
að Einari, á þeim árum; þó líklega græskulítið af sumum Eg hef altaf álítið að orðið, ”harðúð„ væri talsvert móðgandi; og
ekki
síst, þegar verið er
að
kveðja, þessar dugandi hetjur í síðsta sinn. Vitaskuld gerir þetta hvorki til né frá með þann, sem er dáin, en finnst það ekki, lýsa mjög hlýlegri hlutöku við
vanda
menn þess látna.
17 Nóv. Sunnud. Milt veður nú í langa tíð og vatnið ófrosið nema víkur og alauð jörð, kom lítið snjóföl fyrir 2
m
vikum, en hvarf fljótt aftur, logn og tunglskin í alla nótt, s.l. Unga fólkið, hafði dans í skólanum til kl. 3 í nótt, en eg las fyrir Línu og sjálfan mig í nýrri ”Kringlu„ til kl. 12. Stefán og Guðný eru nú að búa sig undir að flytja í Sæluhús sitt fyrir veturinn það er hálftíma gangur þangað. Hann ætlar að fiska þar þegar vatnið frýs. Hjónarúmið kom í gær.
Jæja! Jói með
”képpa kynnarnar„
og pokann í handarkrikanum nú horfinn af leiksviðinu fyrir ”gott„. Finns frá Yztafelli minnist eg betur. minnsta kosti gerði hann mér góðan greiða, veturinn
80
, seint í januar; er hann bar fyrir mig 80 punda vörubagga þvert yfir Fellið yfir Skjalfandafljót á lélegum ís og upp brekkun að Fosseli; Þessi lágji þrekni kubbur þrammaði
með
á undan mér lífsglaður og rólegur.
eg
var að koma innan af Akureyri, og fór
f
að Yztafell
i m
með sumt af dótinu sem eg var beðinn að kaupa þar á innleiðinn, fannst eins og líka fleirum, að ekki teldist það krókur að koma í Yztafell. Kom
inn
eins og heim, þó aðeins væri hálfnuð leiðin Hjálmar frændi á Ljótsstöðum varð mér samferða í þeirri ferð
til náms, hjá bróður sínum, í Yztafelli. Fengum óstætt
”hræra skæra
verur„ yfir heiðina að Hallbjarnarstöðum Þetta var mér sagt að væri, málfæri Helgu konu Jóns sem bjuggu i Glaumbæ
og
þegar eg var á Einarsstöðum hjá ”Sala„. 1879. áður í Fagranesi, Þessi Helga og Vinnukona, hennar, fjörguðu
í
mér til lífs aftur, einu sinni, er eg komst þar heim, hundrennandi gegnkaldur og orðin svo máttlaus að eg komst ekki lengra, Búin að þvælast allan daginn í mokandi krapahríð vestur í ”Þingey„ við að smala lömbum fyrir Sala gamla. Þær klæddu mig úr hverri spjör, og vöfðu að mér dunsængum, og eftir þó nokkur tíma fór mér svo að hlína að
eg
gat sofnað; um morguninn var eg svo rólfær að eg gat rölt suður í Einarsstaði en leið þó illa næstu daga. mig minnir að, þessi stúlka, sem þá var vinnukona í Glaumbæ; væri dóttir Jóns Finnbogasonar. og væri kölluð Steina eða Stjana man það samt ekki fyrir víst, en góðvild þeirra, hef eg ekki gleymt. Þó aldrei launaði eg það; nema þá með þakklátum hug, 50 ár eru nú síðan, þá rifjast það upp. Ekki veit eg hvað af þessari stúlku, varð, og máski dáin nú.
Þér finnst nú þetta orðin helst til löng frásaga, og Það
næsta
verður þá um veðrið, sem breyttist í nótt, s.l. 19. nóv. Ofsa norðan frostbilur og talsverð snjókoma. og vatnið að frjósa. Gripirnir, sem úti hafa gengið
þ
til þessa komu sjálfir heim með tölu í gærkveld og þá veit maður, að vetrarveður er í nánd.
Þeir eru betri veðurfræðingar en við mennirnir Úlfurinn hafði samt náð sér í eina kindina enda komu þær, ekki heim fyrr en í kveld; og hef eg þó haft þær í girðing flestar nætur, síðan um miðjan águst því
þá
náði hann lambi. 1) sjá ofuga línu.
1) Eg hafði talið skagt, kindurnar allar í morgun.
Stefán og Guðný fluttu búferlum í gær; og hann kom hér í dag að hjálpa til að slátra, dylkálf. Það var svo kalt í dag að sum börnin komu ekki á skólann. Og eg hólkaði
mjúku, Hettunni
yfir skallann og húfu þar yfir og þá gat eg otað skallanum í veðrið eins og Brynki sem varð úti þó, norður í Kelduhverfi sonur Einars sem kallaður var ”svarti„
Þú segist ekki hafa séð, æfiminning Jóhanns sál; eftir því hefur þú aldrei fengið, Heimskringlu fyrir nóv - des. 1928. sem við þó sendum þér, áreiðanlega Og
t
og snemma í desemb. þá, var hún prentuð í Heimskrl En kvæðið í janúar. 1929. Við höfum ekki blaðið, en eg hef held eg afskrift af því og gæti því sent þér það og skal hafa það í huga. En þarf að hreinskrifa það. það er bara uppkast. Já kvæðið var prentað í ”Dag„ En hvorki mæltist Jóhann
til
þess við mig
eða
ekkju hanns
Þó eitthvað yrði mælt eftir hann
og hvorugt okkar hefur sent það heim til prentunar eða neinum á Íslandi; og enginn fengið afskrift af því nema ritstjóri Heimskrl, og eg veit að hann hefur ekki beðið ”Dag„ að prenta það. Ekki fyrir það að það væri máski neitt óhlíðilegt að þeir, sem en
d
kynnu að muna eftir J. heitnum
heima
væri ekki velkomið að sjá það. En vitum ekkert um hver, sent hefur kvæðið og auðvitað ekki heldur ummælin sem fyldu, enda eru þau að sumu leyti einkennileg, enda hefur þú tekið eftir því.
og væri okkur forvitni á að vita hver hefur sent það heim; efast reyndar ekki um að sá sem sendi það, hafi gert það í góðum tilgangi. Þó manni finnist hann, komast einkennilega að orði, og úr Heimskrl. hefur hann tekið það, hver, sem hann er. Væri gaman ef þú eða Dóri gætu fengið að vita það hjá ritsjóra ”Dags„ Jóhann sál hefur sennilega álitið að t.d. að í Eyjafyrði (þó hann væri 16 fyrst ár æfi sinna
ð
r þar) mundu nú fáir lifa sem þektu hann þar. því aldrei eftir að hann kom hér vestur skrifaði hann þangað, svo mér
og
okkur væri kunnugt, og bræður, sem hann átti þar, hygg eg að séu dánir, því hann var yngst
ur
systkna sinna; en hann var 83 ára þegar hann lést, eða það áleit hann sjálfur; en skírnarvottorð, sem hann fékk að heiman litlu áður en hann dó, segir hann
fæddan
ári fyr en hann hélt sjálfur. n.l. 84 ára. Sigríður systir hans dó í sumar sem leið. og var 10 árum eldri eða
nu
þá nærri hálftíræð, en nýlega orðin blind.
20. nóv. Frost og bjart veður. Eg er nú að hugsa um að ljúka við þetta, og koma því á stað; Stebbi og Guðný komu í kveld, og alt unga fólkið, er að skemta með söng og Orgel og Fíólín.
Elsku systir min, Eg óska a
ð
f heilum hug að þú lifir til að lesa þetta, og mörg bréf en
n
frá mér þó þau séu ekki, vel samin, þá hef eg altaf vitað og fundið að þau gleðja þig. Heimskrl fyrir Sept og Októ er nú uppvafin til þín og fer um leið og þetta. Lína og börnin óska þér gleðilegra jóla og öllu frændfólkinuu í Garði og bræðrum mínu og öðru frændaliði Þinni og ykkar einl elskandi bróðir Þórarinn Stefansson.
Gleðil. Jól